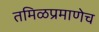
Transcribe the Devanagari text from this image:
तमिळप्रमाणेच